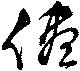
儘